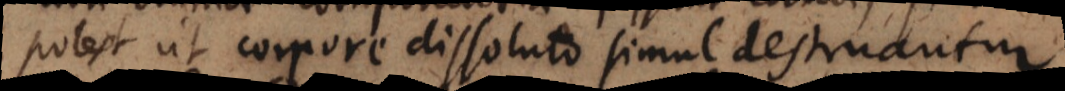
potest ut corpore dissoluto simul destruantur.